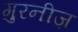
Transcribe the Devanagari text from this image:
गुरनीज़